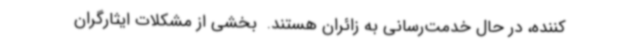
کننده، در حال خدمت‌رسانی به زائران هستند. ‌ بخشی از مشکلات ایثارگران